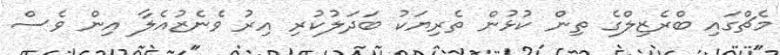
މެޗްގައި ބްރެޒިލްގެ ތިން ކުޅުން ތެރިޔަކު ބަދަލުކުރި އިރު ވެނެޒުއެލާ އިން ވެސް